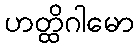
ဟတ္ထိဂါမော